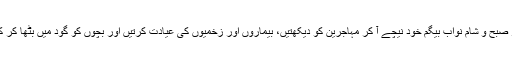
ہر روز صبح و شام نواب بیگم خود نیچے آ کر مہاجرین کو دیکھتیں، بیماروں اور زخمیوں کی عیادت کرتیں اور بچوں کو گود میں بٹھا کر کھلاتیں۔